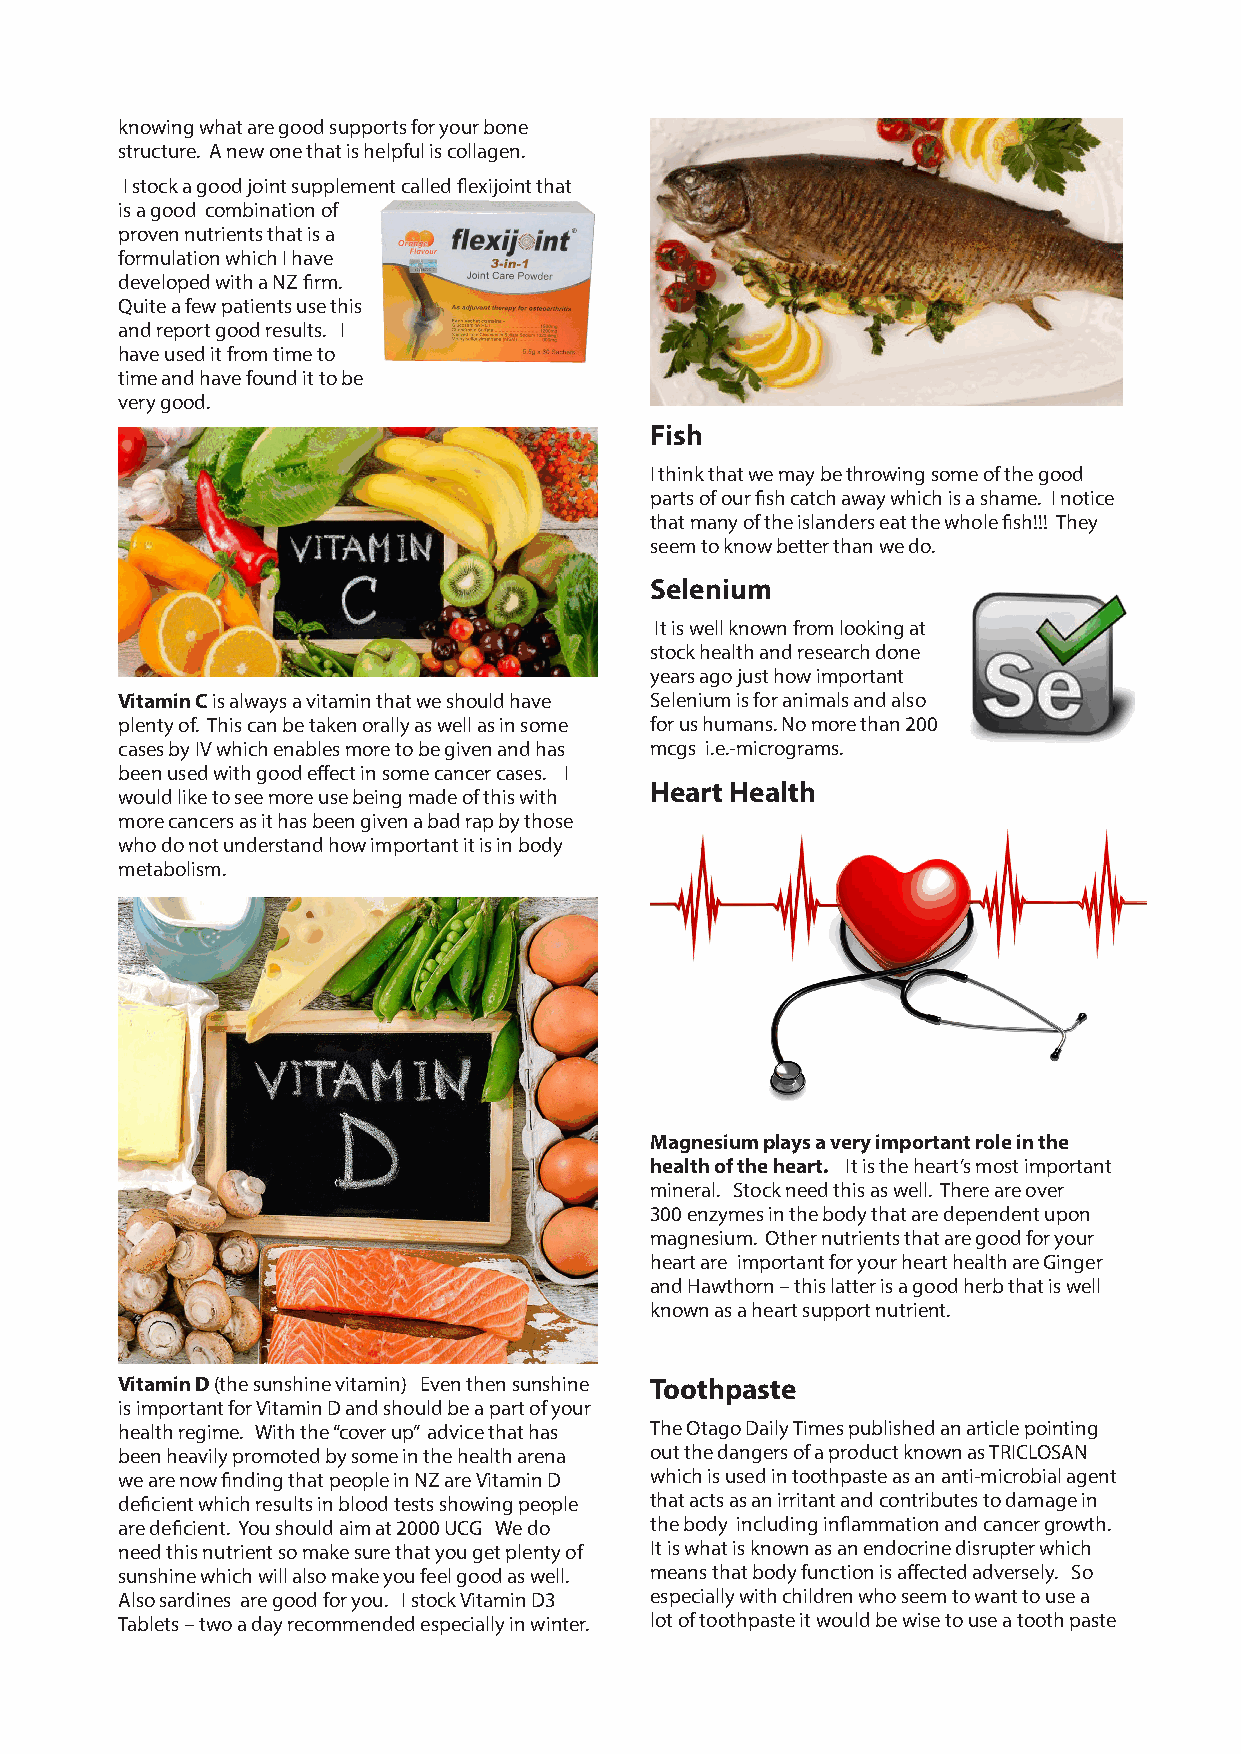
knowing what are good supports for your bone
 structure. A new one that is helpful is collagen.
 I stock a good joint supplement called flexijoint that
 is a good combination of
 proven nutrients that is a
 formulation which I have
 developed with a NZ firm.
 Quite a few patients use this
 and report good results. I
 have used it from time to
 time and have found it to be
 very good.
 Fish
 I think that we may be throwing some of the good
 parts of our fish catch away which is a shame. I notice
 that many of the islanders eat the whole fish!!! They
 seem to know better than we do.
 Selenium
 It is well known from looking at
 stock health and research done
 years ago just how important
 Vitamin C is always a vitamin that we should have Selenium is for animals and also
 plenty of. This can be taken orally as well as in some for us humans. No more than 200
 cases by IV which enables more to be given and has mcgs i.e.-micrograms.
 been used with good effect in some cancer cases. I
 Heart Health
 would like to see more use being made of this with
 more cancers as it has been given a bad rap by those
 who do not understand how important it is in body
 metabolism.
 Magnesium plays a very important role in the
 health of the heart. It is the heart’s most important
 mineral. Stock need this as well. There are over
 300 enzymes in the body that are dependent upon
 magnesium. Other nutrients that are good for your
 heart are important for your heart health are Ginger
 and Hawthorn – this latter is a good herb that is well
 known as a heart support nutrient.
 Vitamin D (the sunshine vitamin) Even then sunshine Toothpaste
 is important for Vitamin D and should be a part of your
 health regime. With the “cover up” advice that has The Otago Daily Times published an article pointing
 been heavily promoted by some in the health arena out the dangers of a product known as TRICLOSAN
 we are now finding that people in NZ are Vitamin D which is used in toothpaste as an anti-microbial agent
 deficient which results in blood tests showing people that acts as an irritant and contributes to damage in
 are deficient. You should aim at 2000 UCG We do the body including inflammation and cancer growth.
 need this nutrient so make sure that you get plenty of It is what is known as an endocrine disrupter which
 sunshine which will also make you feel good as well. means that body function is affected adversely. So
 Also sardines are good for you. I stock Vitamin D3 especially with children who seem to want to use a
 Tablets – two a day recommended especially in winter. lot of toothpaste it would be wise to use a tooth paste